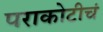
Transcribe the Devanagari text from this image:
पराकोटीचं